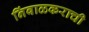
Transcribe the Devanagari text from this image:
निंबाळकराची